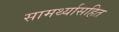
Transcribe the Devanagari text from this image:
सामर्थ्यासहित